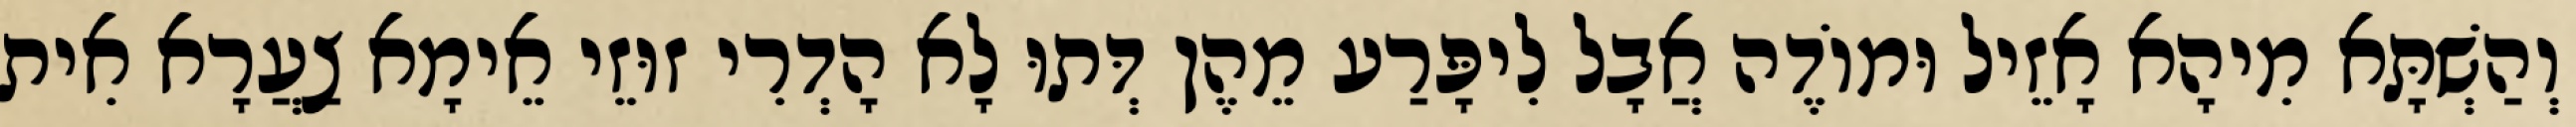
וְהַשְׁתָּא מִיהָא אָזֵיל וּמוֹדֶה אֲבָל לִיפָּרַע מֵהֶן דְּתוּ לָא הָדְרִי זוּזֵי אֵימָא צַעֲרָא אִית